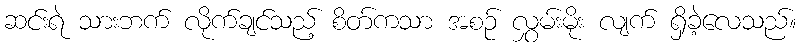
ဆင်းရဲ သားဘက် လိုက်ချင်သည့် စိတ်ကသာ အစဉ် လွှမ်းမိုး လျက် ရှိခဲ့လေသည်။